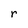
Character: r